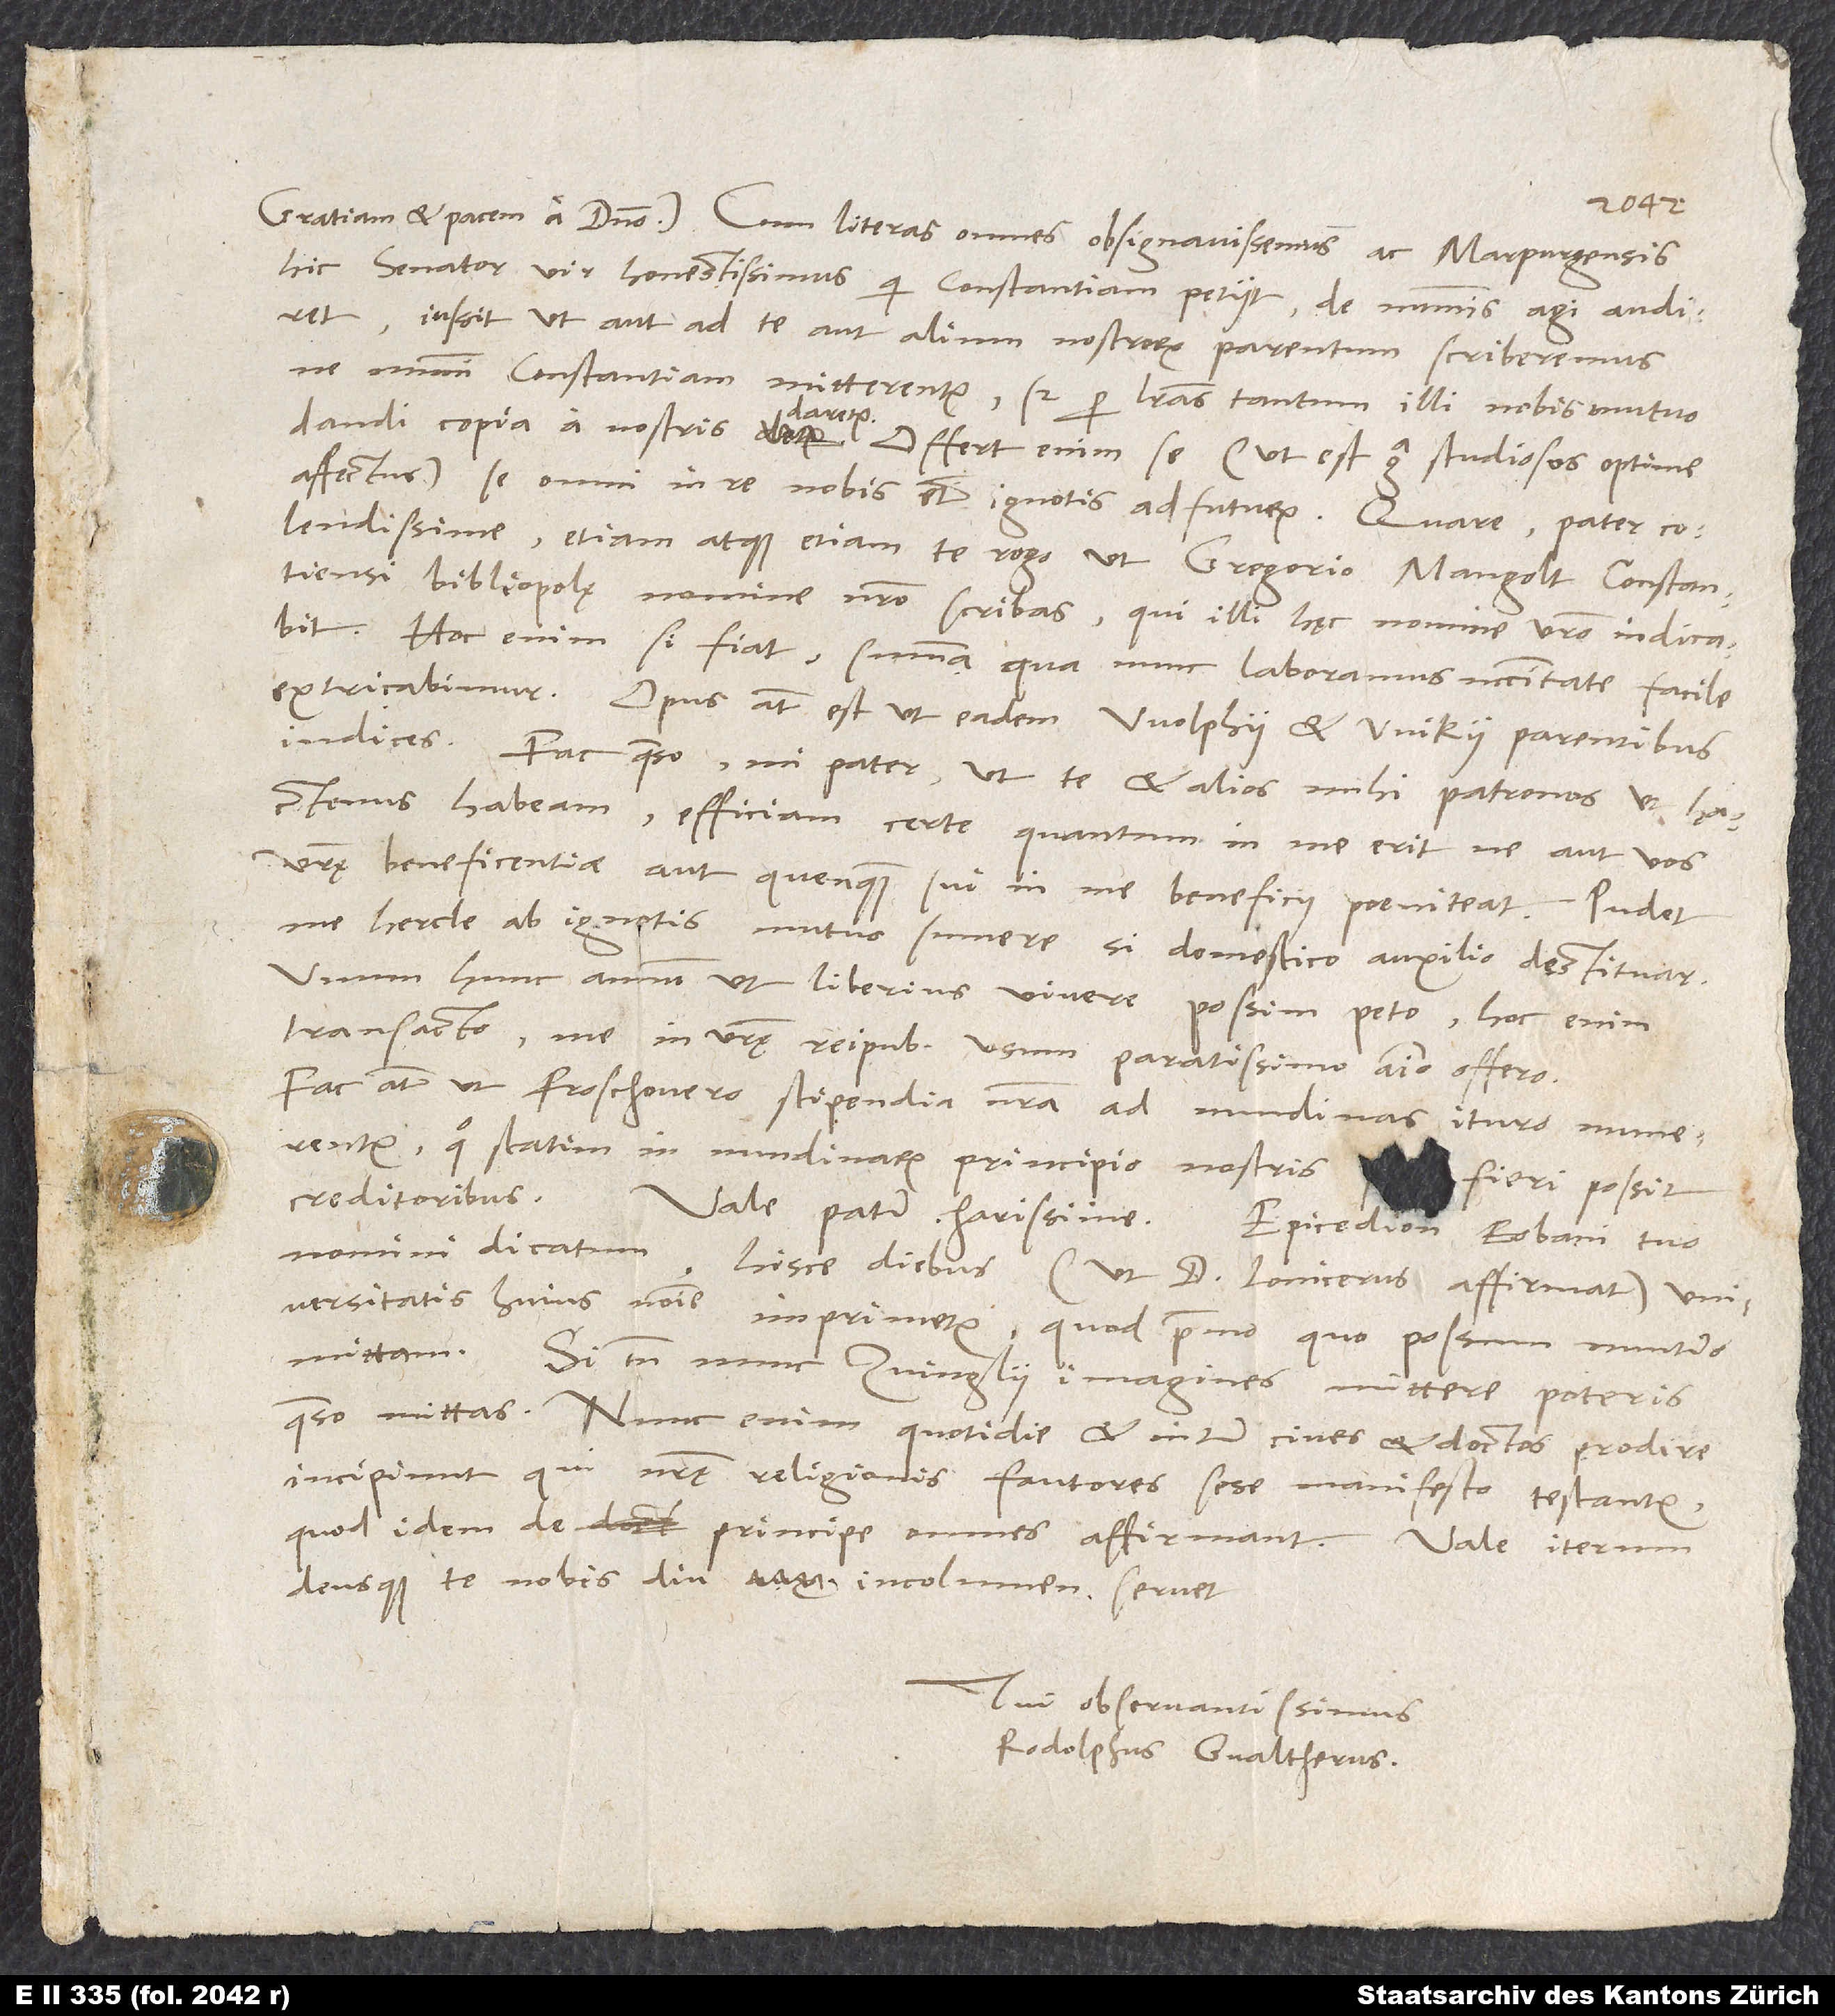
hic senator, vir honestissimus, qui Constantiam petiit, de nummis agi audiret,
iussit, ut aut ad te aut alium nostrorum parentum scriberemus,
ne nummi Constantiam mitterentur, sed per literas tantum illi nobis mutuo
dandi copia a nostris daretur. Offert enim se (ut est erga studiosos optime
affectus) se omni in re nobis etiam ignotis adfuturum. Quare, pater
colendissime, etiam atque etiam te rogo, ut Gregorio Mangolt, Constantiensi
bibliopolę, nomine nostro scribas, qui illi hęc nomine vestro indicabit.
Hoc enim si fiat, summa, qua nunc laboramus, necessitate facile
extricabimur. Opus autem est, ut eadem Wolphii et Wikii parentibus
Fac, quaeso, mi pater, ut te et alios mihi patronos ut hactenus
habeam; efficiam certe, quantum in me erit, ne aut vos
vestrę beneficentiae aut quenquam sui in me beneficii poeniteat. Pudet
me hercle ab ignotis mutuo sumere, si domestico auxilio destituar.
Unum hunc annum ut liberius vivere possim, peto; hoc enim
transacto me in vestrę reipublicae usum paratissimo animo offero.
Fac autem, ut Froschouero stipendia nostra ad nundinas ituro numerentur,
quo statim in nundinarum principio nostris s fieri possit
creditoribus.
nomini dicatum hisce diebus (ut d. Lonicerus affirmat)
universitatis huius nomine imprimetur, quod primo, quo possum, nuntio
Si tamen nunc Zvinglii imagines mittere poteris,
quaeso, mittas. Nunc enim quotidie et inter cives et doctos prodire
incipiunt, qui nostrę religionis fautores sese manifesto testantur,
quod idem de principe omnes affirmant. Vale iterum,
deusque te nobis diu incolumem servet.
Tui observantissimus
Rodolphus Gvaltherus.